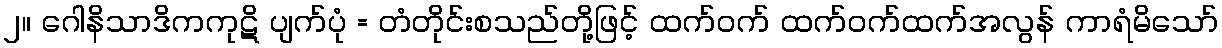
၂။ ဂေါနိသာဒိကကုဋိ ပျက်ပုံ = တံတိုင်းစသည်တို့ဖြင့် ထက်ဝက် ထက်ဝက်ထက်အလွန် ကာရံမိသော်